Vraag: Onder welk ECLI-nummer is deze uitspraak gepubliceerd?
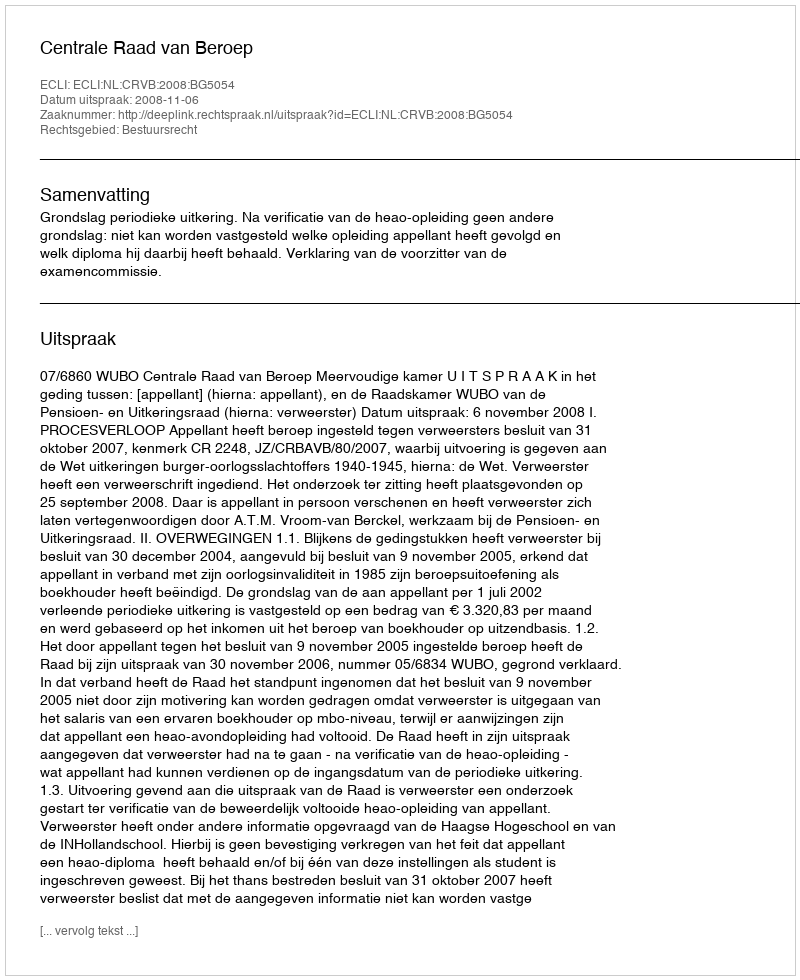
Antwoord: ECLI:NL:CRVB:2008:BG5054